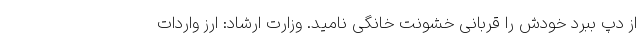
از دپ ببرد خودش را قربانی خشونت خانگی نامید. وزارت ارشاد: ارز واردات